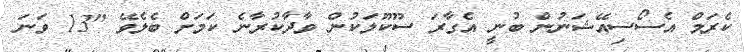
ކެރަމް އެސޯސިއޭޝަނުން ބުނީ އެގާރަ ސޫކޫލަކުން ވާދާކުރާނެ ކަމަށް ބެލެވޭ "13 ވަނަ